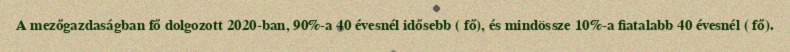
A mezőgazdaságban fő dolgozott 2020-ban, 90%-a 40 évesnél idősebb ( fő), és mindössze 10%-a fiatalabb 40 évesnél ( fő).